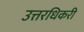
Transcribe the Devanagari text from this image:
उत्तरधिकरी